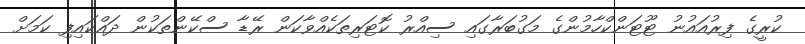
ކުރީގެ ފިރުއައުނު ޓޫޓަންކްހާމުންގެ މަގުބަރާގައި ސިއްރު ކޮޓަރިތަކެއްވާކަން ރޭޑާ ސްކޭންތަކުން ދައްކައިފި ކަމަށް